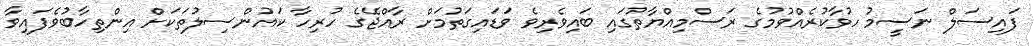
ފައިސަލް ނަސީމު ހުވާކުރެއްވުމުގެ ރަސްމިއްޔާތުގައި ބައިވެރިވެ ވަޑައިގަތުމަށް ރާއްޖޭގެ ހުރިހާ ކައުންސިލުތަކަށް އިންތިހާބުވެފައިވާ